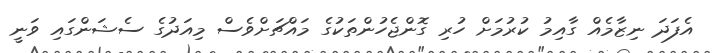
އެފަދަ ނިޒާމެއް ގާއިމު ކުރުމަށް ހުރި ގޮންޖެހުންތަކުގެ މައްޗަށްވެސް މިއަދުގެ ސެޝަންގައި ވަނީ